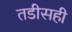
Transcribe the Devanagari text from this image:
तडीसही